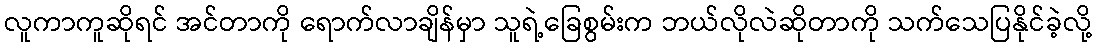
လူကာကူဆိုရင် အင်တာကို ရောက်လာချိန်မှာ သူရဲ့ခြေစွမ်းက ဘယ်လိုလဲဆိုတာကို သက်သေပြနိုင်ခဲ့လို့